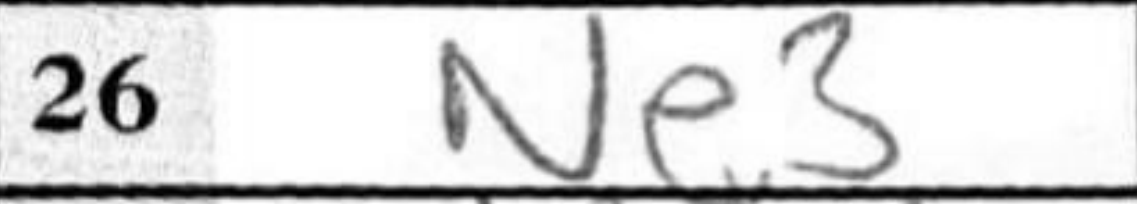
Transcription: Ne3